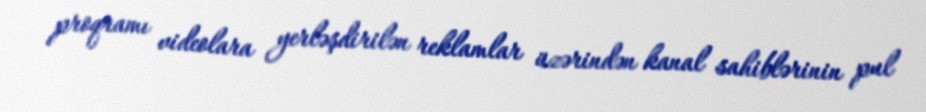
proqramı videolara yerləşdirilən reklamlar üzərindən kanal sahiblərinin pul